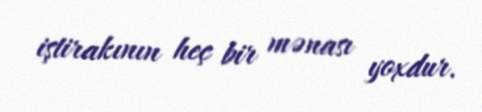
iştirakının heç bir mənası yoxdur.